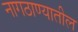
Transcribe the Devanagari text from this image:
नागठाण्यातील